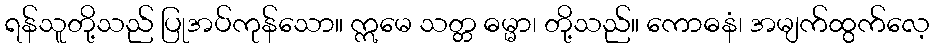
ရန်သူတို့သည် ပြုအပ်ကုန်သော။ ဣမေ သတ္တ ဓမ္မာ၊ တို့သည်။ ကောဓနံ၊ အမျက်ထွက်လေ့